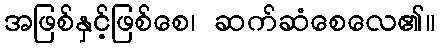
အဖြစ်နှင့်ဖြစ်စေ၊ ဆက်ဆံစေလေ၏။